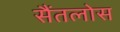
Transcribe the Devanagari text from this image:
सैंतलोस